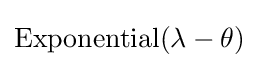
\mathrm {Exponential} (\lambda -\theta )